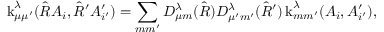
\operatorname { k } _ { \mu \mu ^ { \prime } } ^ { \lambda } ( \hat { R } A _ { i } , \hat { R } ^ { \prime } A _ { i ^ { \prime } } ^ { \prime } ) = \sum _ { m m ^ { \prime } } D _ { \mu m } ^ { \lambda } ( \hat { R } ) D _ { \mu ^ { \prime } m ^ { \prime } } ^ { \lambda } ( \hat { R } ^ { \prime } ) \operatorname { k } _ { m m ^ { \prime } } ^ { \lambda } ( A _ { i } , A _ { i ^ { \prime } } ^ { \prime } ) ,